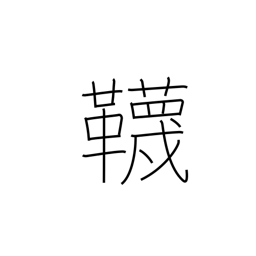
Meaning: stockings